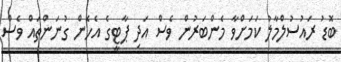
ބޮޑު ރައުސުލްމާލު ކަމަށްވާ މެންބަރުން ވެސް އަދި ޕާޓީގެ އެހެން ގުނަންތައް ވެސް